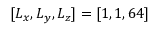
[ L _ { x } , L _ { y } , L _ { z } ] = [ 1 , 1 , 6 4 ]